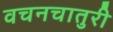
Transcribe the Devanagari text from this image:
वचनचातुरी